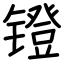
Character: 镫